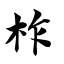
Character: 柞